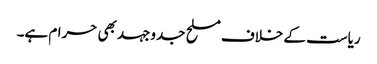
ریاست کے خلاف مسلح جدوجہد بھی حرام ہے۔